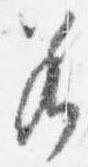
若